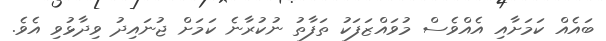
ބައެއް ކަމަށާއި އެއްވެސް މުވައްޒަފަކު ތަފާތު ނުކުރާނެ ކަމަށް ޖުނައިދު ވިދާޅުވި އެވެ.